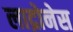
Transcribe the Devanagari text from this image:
लाद्रोनेस